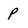
Character: P